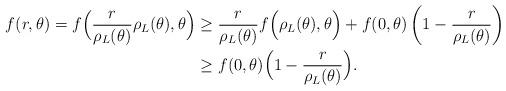
LaTeX: \begin{align*}f(r, \theta)=f\Big(\frac{r}{\rho_L(\theta)}\rho_L(\theta), \theta\Big)&\geq \frac{r}{\rho_L(\theta)} f\Big(\rho_L(\theta), \theta\Big)+ f(0, \theta) \left(1-\frac{r}{\rho_L(\theta)}\right)\\&\geq f(0, \theta) \Big(1-\frac{r}{\rho_L(\theta)}\Big).\end{align*}